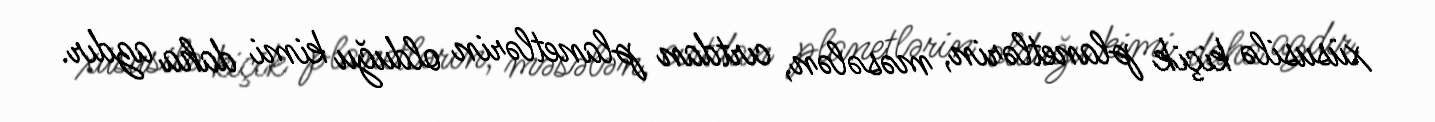
xüsusilə kiçik planetlərin, məsələn, cırtdan planetlərin olduğu kimi daha azdır.